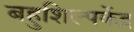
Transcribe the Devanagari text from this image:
बहुशिल्पकेंद्र